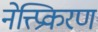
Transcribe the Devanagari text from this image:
नेत्त्प्रिकरण